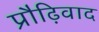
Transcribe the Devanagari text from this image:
प्रौढ़िवाद